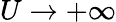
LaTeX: U\to+\infty